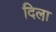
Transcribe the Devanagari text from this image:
दिला़